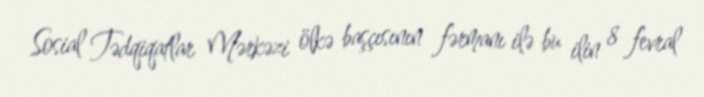
Sosial Tədqiqatlar Mərkəzi ölkə başçısının fərmanı ilə bu ilin 8 fevral